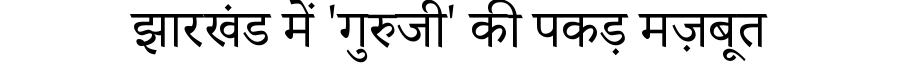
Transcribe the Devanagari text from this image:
झारखंड में 'गुरुजी' की पकड़ मज़बूत